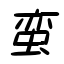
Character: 蛮